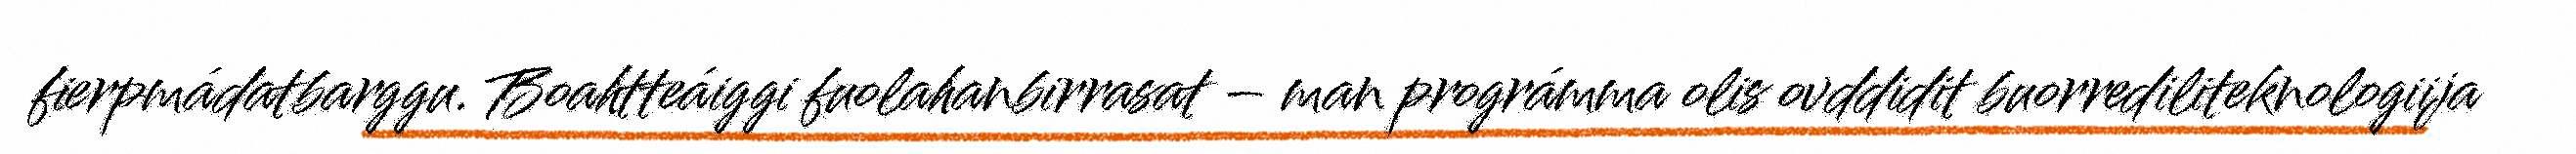
fierpmádatbarggu. Boahtteáiggi fuolahanbirrasat – man prográmma olis ovddidit buorrediliteknologiija